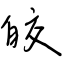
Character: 皎